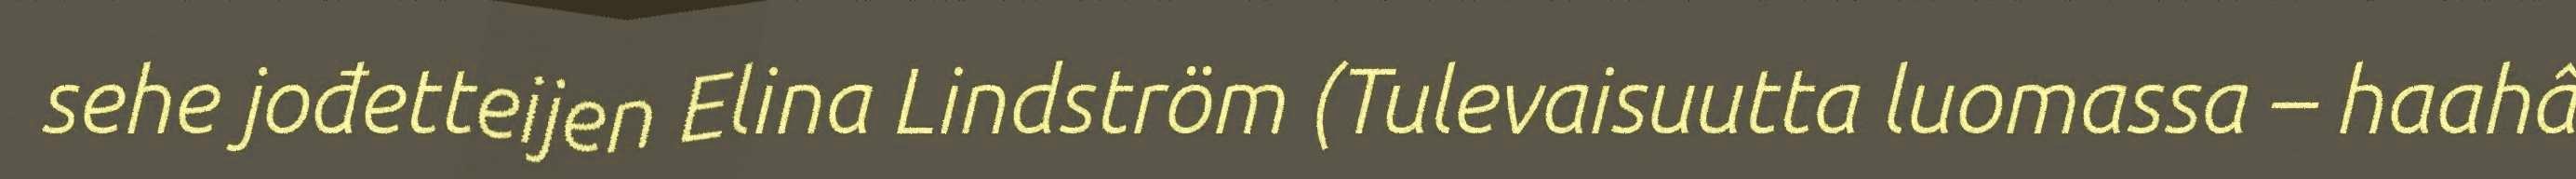
sehe jođetteijen Elina Lindström (Tulevaisuutta luomassa – haahâ